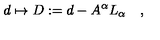
d \mapsto D : = d - A ^ { \alpha } L _ { \alpha } \quad ,